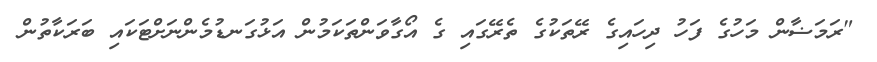
"ރަމަޟާން މަހުގެ ފަހު ދިހައިގެ ރޭތަކުގެ ތެރޭގައި ގެ އޯގާވަންތަކަމުން އަޅުގަނޑުމެންނަށްޓަކައި ބަރަކާތުން